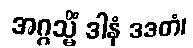
အဂ္ဂသ္မိံ ဒါနံ ဒဒတံ၊